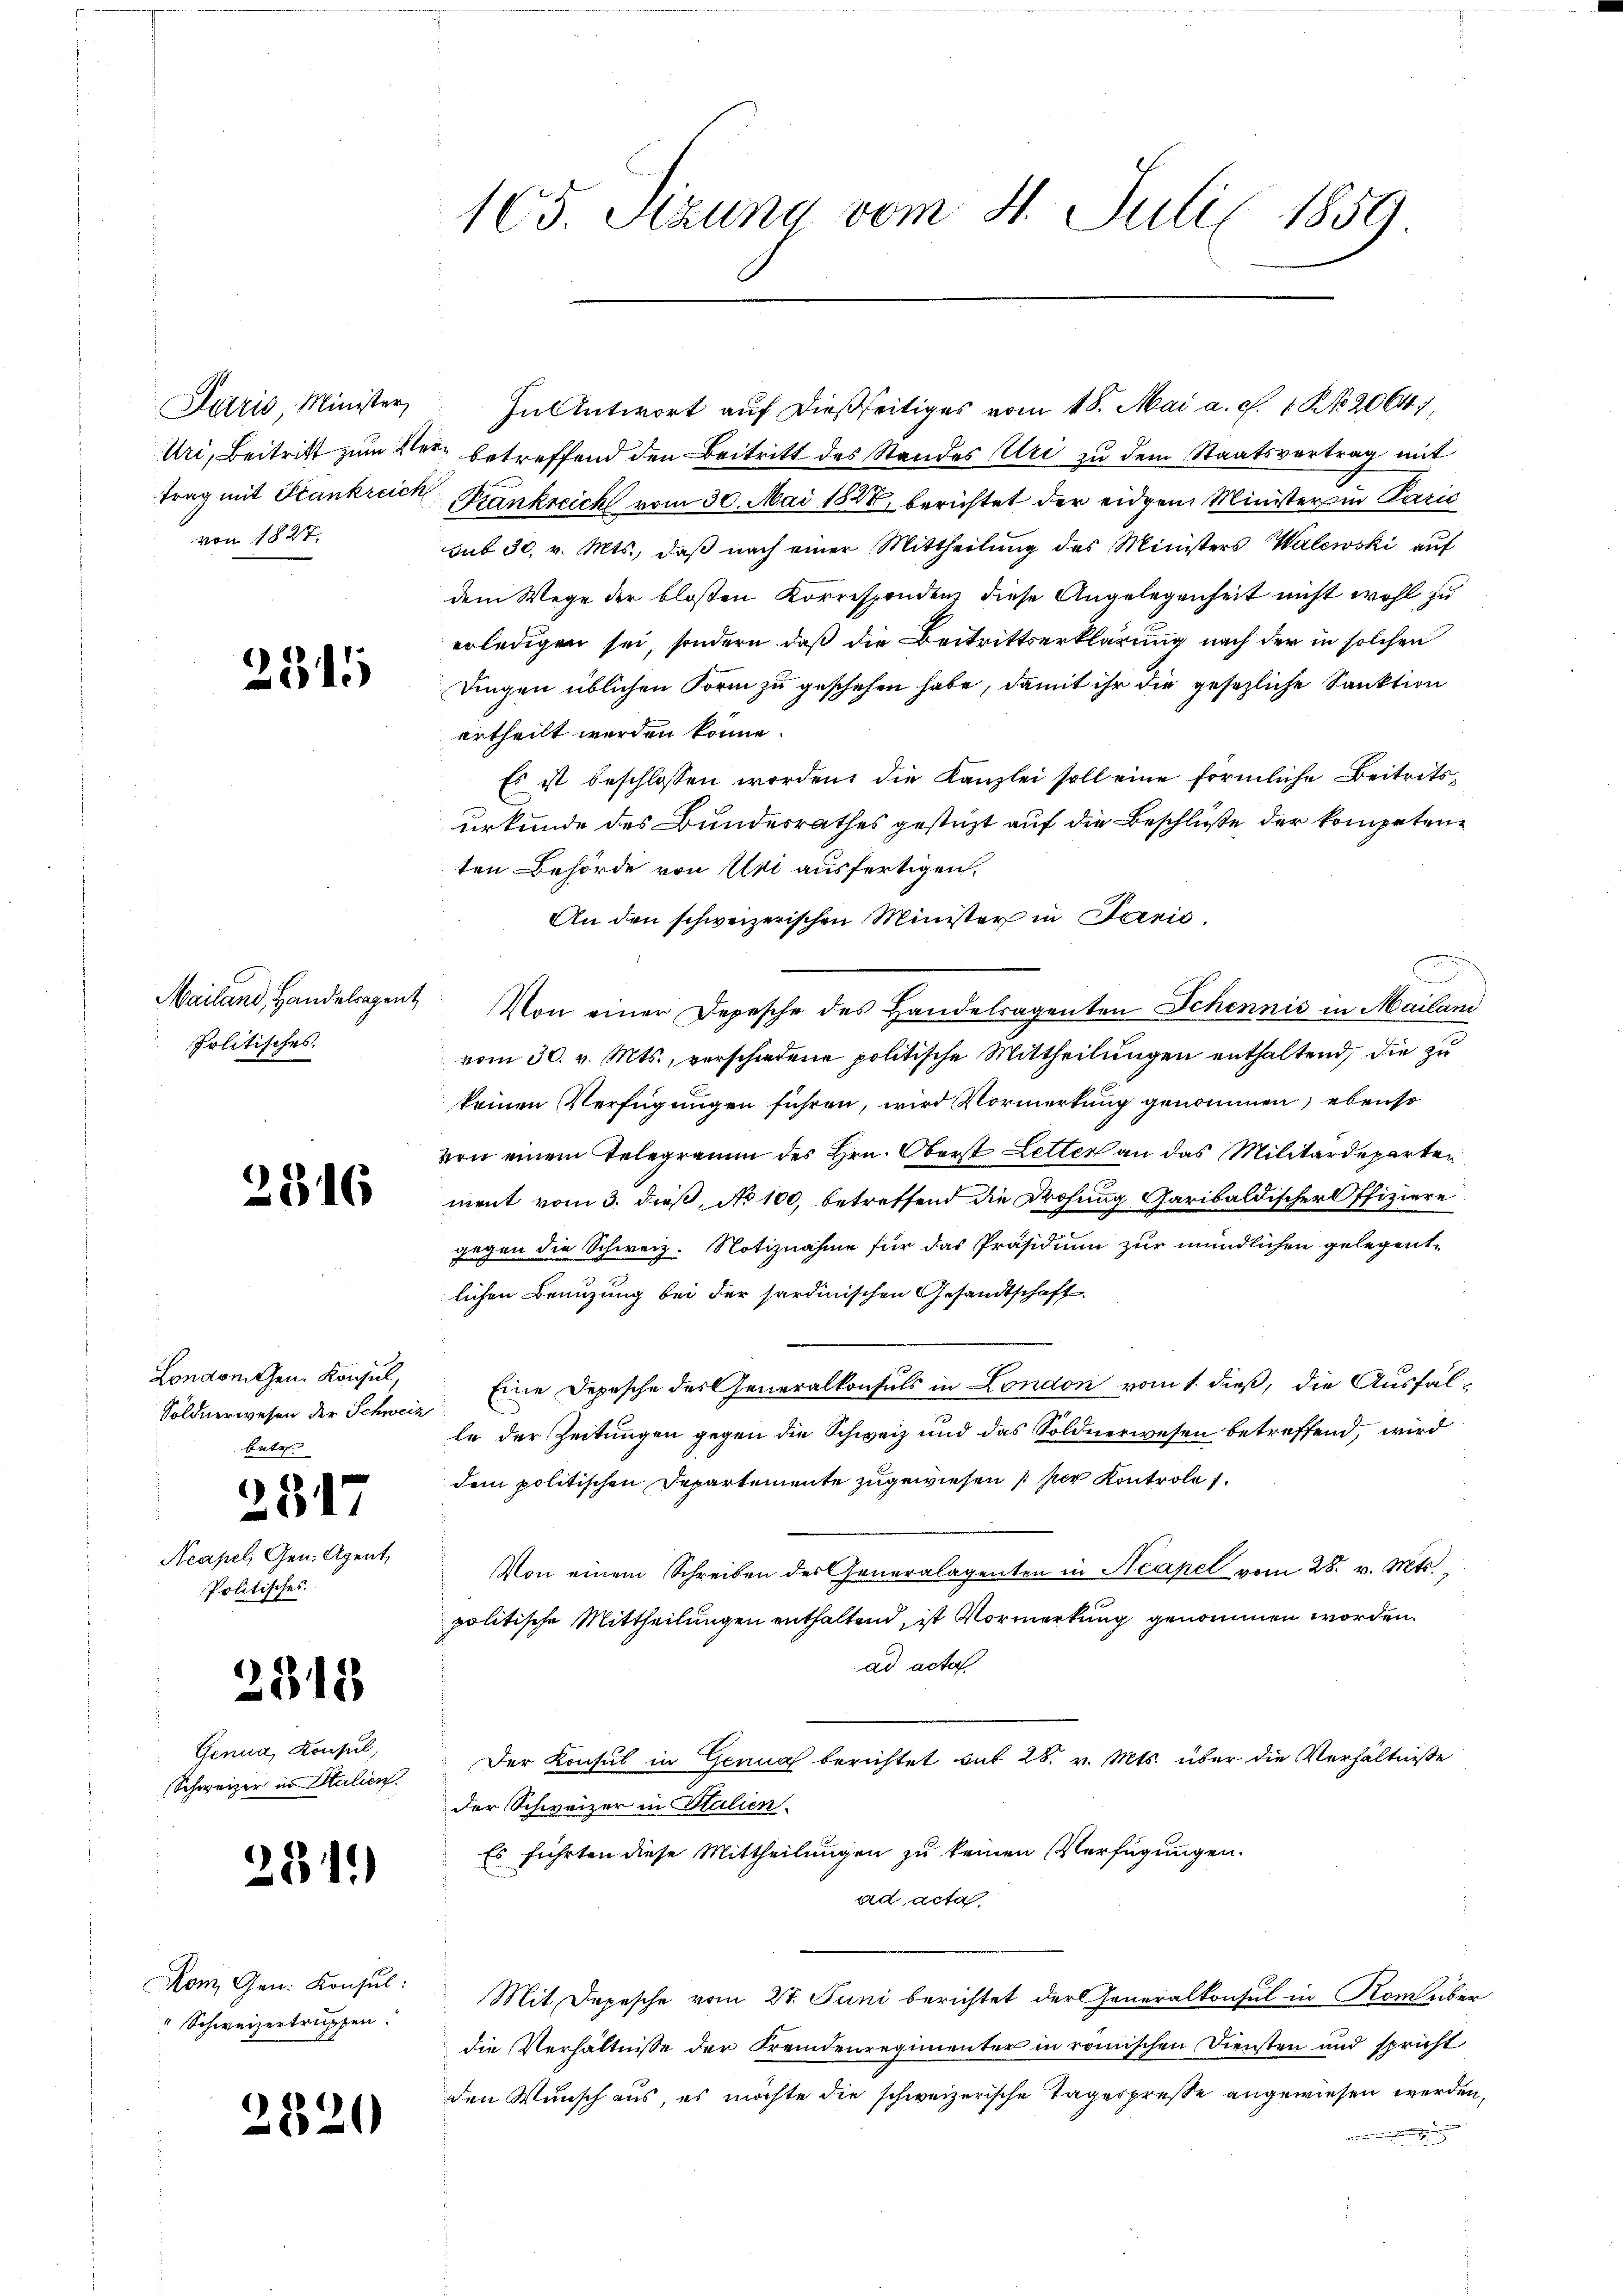
Paris Minister,
Uri, Beitritt zum Retrag mit Frankreich
von 1827.

234

Mailand, Handelsagent
Politisches.

346

London gen. Konsul
Söldnerwesen der Schweiz
bete

2348

Genua, Konsul,
Schweizer in Stalien.

2319

817

3.

Neapel, Gen. Agent
Politisches.

)

Rom Gen. Konsul:
" Schweizertruppen.

165. Setzung vom 4. Juli 1859

In Antwort auf dießseitiges vom 18. Mai a. c. 1 No 2064
 betreffend den Beitritt des Standes Uri zu dem Staatsvertrag mit
Frankreich vom 30. Mai 1828, berichtet der eidgen Minister in Parić
sub 30. v. Mts., daβ nach einer Mittheilŭng des Ministers Walewski auf
dem Wege der blossen Korrespondenz diese Angelegenheit nicht wohl zu
erledigen sei, sondern, daß die Beitrittserklärung nach der in solchen
Dingen üblichen Form zu geschehen habe, damit ihr die gesezliche Sanktion
ertheilt werden könne.
Es ist beschlossen worden, die Kanzlei soll eine förmliche Beitritsurkunde des Bundesrathes gestüzt auf die Beschluße der kompetenten Behörde von Uri ausfertigen.
An den schweizerischen Minister in Paris.
Von einer Depesche des Handelragenten Schennić in Mailan
vom 30. v. Mts., verschiedene politische Mittheilungen enthaltend, die zu
keinen Verfügungen führen, wird Vormerkung genommen, ebenso
von einem Telegramm des Hrn. Oberst Letter an das Militärdeparten
ment vom 3. dieß, No 100, betreffend die Drohung Garibaldischer Offiziere
gegen die Schweiz. Notiznahme für das Präsidium zur mündlichen gelegentlichen Branzung bei der sardinischen Gesandtschaft
Eine Depesche des Generalkonsuls in London vom 1. dieß, die Ausfalle der Zeitungen gegen die Schweiz und das Söldnerwesen betreffend, wird
dem politischen Departemente zugewiesen per Kontrole
Von einem Schreiben des Generalagenten in Neapel vom 28. v. Mts.,
politische Mittheilungen enthaltend, ist Vormerkung genommen worden.
ad acta
Der Konsul in Genua berichtet mit 28. v. Mts. über die Verhältnisse
der Schweizer in Italien.
Es führten diese Mittheilungen zu keinen Verfügungen.
ad acta
Mit Depesche vom 27. Juni berichtet der Generalkonsul in Rom über
die Verhältnisse der Fremdenregimenter in römischen Diensten und spricht
den Wunsch aus, es möchte die schweizerische Tagespresse angewiesen werde.
e

2,